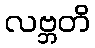
လဗ္ဘတိ